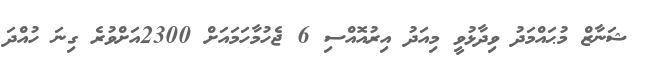
ޝަނާޒް މުޙައްމަދު ވިދާޅުވީ މިއަދު އިރުއޮއްސި 6 ޖެހުމާހަމައަށް 2300އަށްވުރެ ގިނަ ހުއްދަ